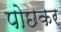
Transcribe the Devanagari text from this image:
पोछकर